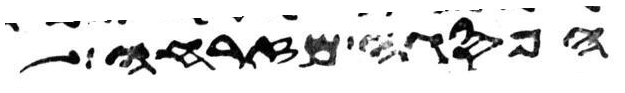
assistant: הפסגה מזרחה